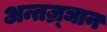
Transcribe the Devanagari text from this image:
अन्तज्र्ञान